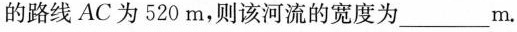
的路线AC为520m，则该河流的宽度为___m.